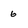
Character: 6